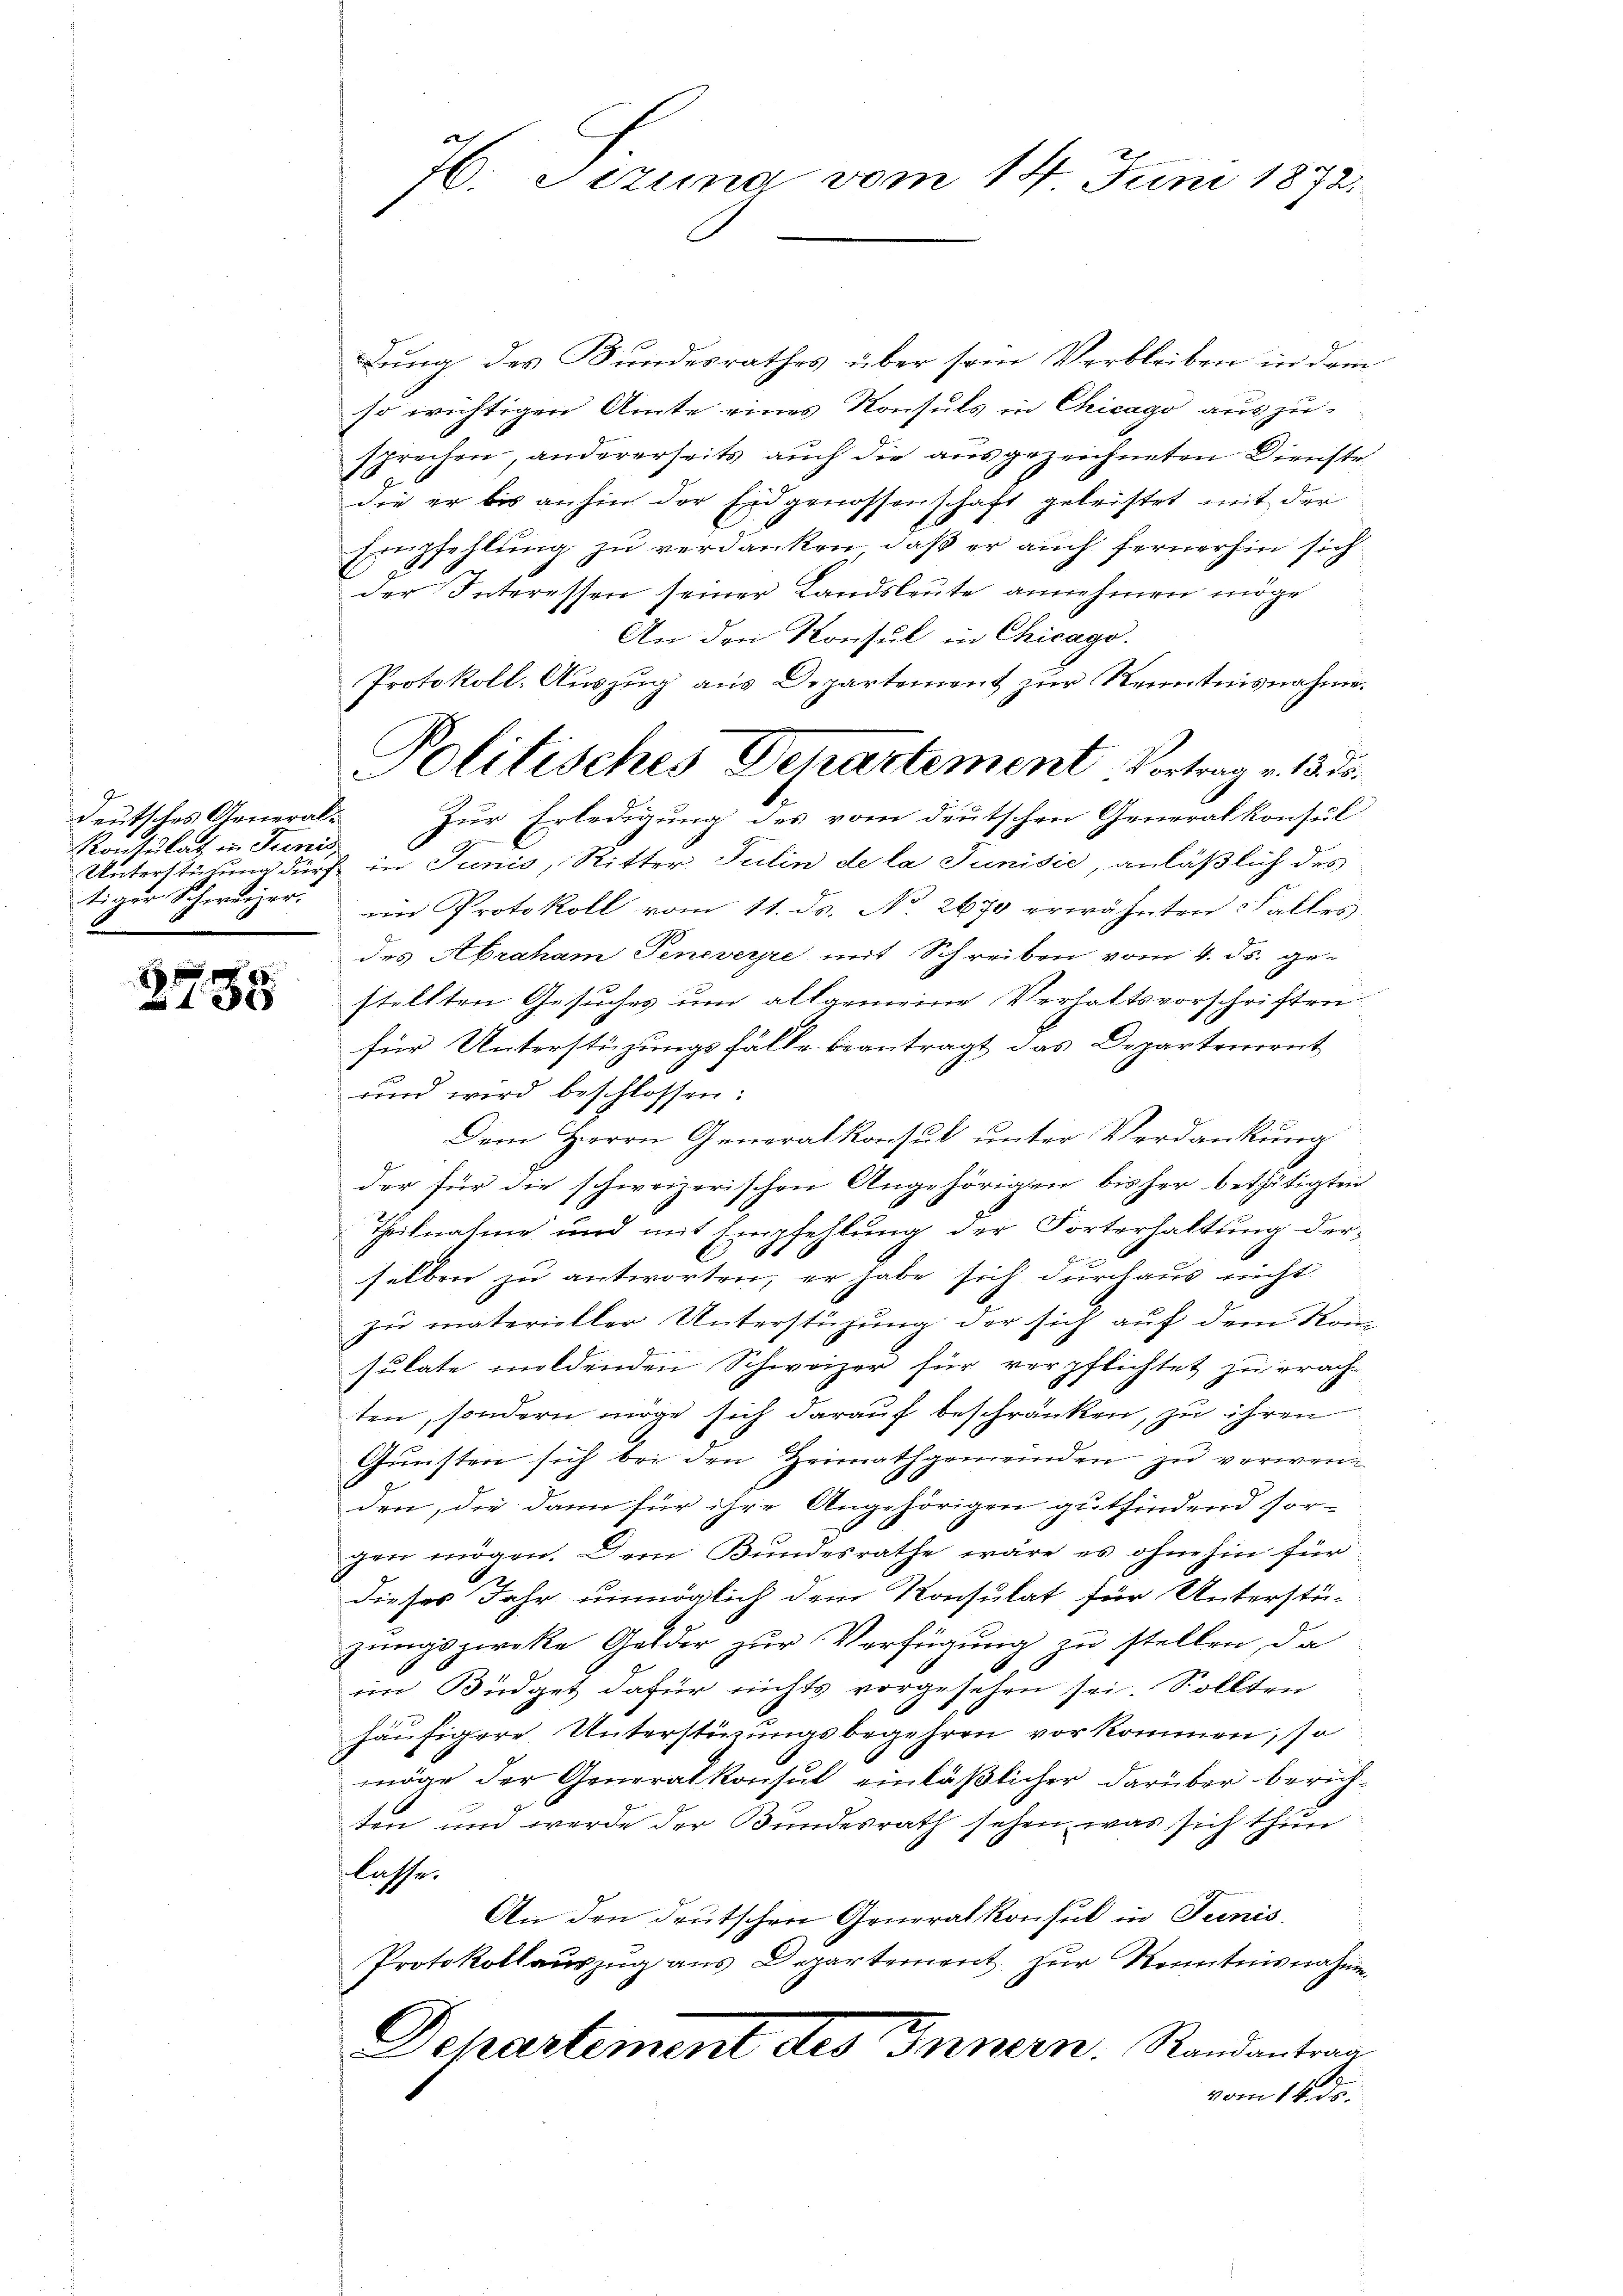
deutsches General¬
Konsulat in Junis
tiger Schweizer.

2
 xxx

76. Jezuna vom 14. Juni 1872.

Lung des Bundesrathes über sein Verbleiben in dem
so wichtigen Amte eines Konsuls in Chicago auszu-
sprechen, andererseits auch die ausgezeichneten Dienste
die er bis anhin der Eidgenossenschaft geleistet mit der
Empfehlung zu verdanken, daß er auch fernerhin sich
der Interessen seiner Landsleute annehmen möge
An den Konsul in Chicago.
Protokoll. Auszug aus Departement zur Kenntnisnahme.
Zur Erledigung des vom deutschen Generalkonsul-
Unterste durch in Junis, Ritter Julin de la Junisie anläßlich des
ein Protokoll vom 11. ds. No. 2670 erwähnten Falles,
des Abraham Penevere mit Schreiben vom 4. ds. gestellten Gesuches um allgemeine Verhaltsvorschriften
für Unterstüzungsfälle beantragt das Departement
und wird beschlossen:
Dem Herrn Generalkonsul unter Verdankung
der für die schweizerischen Angehörigen bisher bethätigten
Theilnahme und mit Empfehlung der Forterhaltung derselben zu antworten, er habe sich durchaus nicht
zu materieller Unterstüzung der sich auf dem Kon
sulate meldenden Schweizer für verpflichtet zu erach
ten, sondern möge sich darauf beschränken, zu ihren
4
Gunsten sich bei den Heimathgemeinden zu verwenden, die dann für ihre Angehörigen gutfindend sor-
gen mögen. Dem Bundesrathe wäre es ohnehin für
dieses Jahr unmöglich dem Konsulat für Unterstü-
zungszwecke Gelder zur Verfügung zu stellen, da
im Büdget dafür nichts vorgesehen sei. Sollten
häufigere Unterstüzungsbegehren vorkommen, so
möge der Generalkonsul einläßlicher darüber berühten und werde der Bundesrath sehen, was sich thun
lasse.
An den deutschen Generalkonsul in Junis
Protokollauszug aus Departement zur Kenntnisnahme
Dehastement des Innern. Randantrag
vom 14. ds.

Politisches Departement Vortrag v. 13. d.